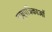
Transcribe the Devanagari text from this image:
लघुपत्रिकाओं